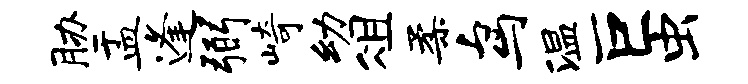
胁盂逢弼崎幼俎柔鸟温巨虫